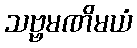
သဗ္ဗမဏိမယံ